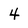
Character: 4